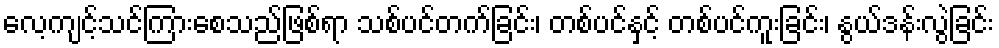
လေ့ကျင့်သင်ကြားစေသည်ဖြစ်ရာ သစ်ပင်တက်ခြင်း၊ တစ်ပင်နှင့် တစ်ပင်ကူးခြင်း၊ နွယ်ဒန်းလွဲခြင်း